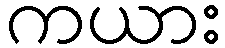
ကယား